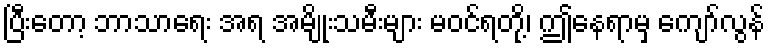
ပြီးတော့ ဘာသာရေး အရ အမျိုးသမီးများ မဝင်ရတို့၊ ဤနေရာမှ ကျော်လွန်